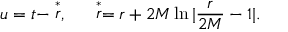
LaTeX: u = t - \stackrel { * } { r } , ~ ~ ~ ~ \stackrel { * } { r } = r + 2 M \ln | \frac { r } { 2 M } - 1 | .